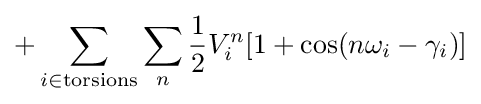
+\sum _{i\in {\text{torsions}}}\sum _{n}{\frac {1}{2}}V_{i}^{n}[1+\cos(n\omega _{i}-\gamma _{i})]